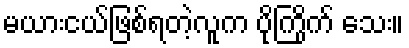
မယားငယ်ဖြစ်ရတဲ့လူက ပိုကြိုက် သေး။